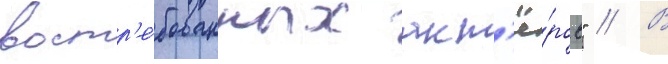
востр'е́бованных акт'ё́ров" // В